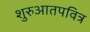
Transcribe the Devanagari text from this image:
शुरुआतपवित्र